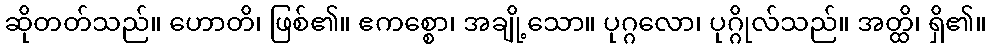
ဆိုတတ်သည်။ ဟောတိ၊ ဖြစ်၏။ ဧကစ္စော၊ အချို့သော။ ပုဂ္ဂလော၊ ပုဂ္ဂိုလ်သည်။ အတ္ထိ၊ ရှိ၏။